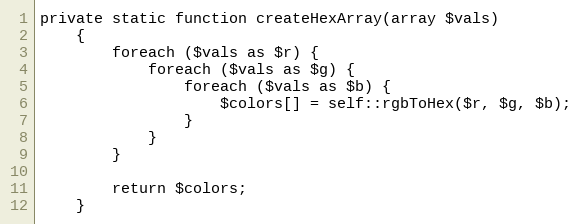
Language: PHP
private static function createHexArray(array $vals)
    {
        foreach ($vals as $r) {
            foreach ($vals as $g) {
                foreach ($vals as $b) {
                    $colors[] = self::rgbToHex($r, $g, $b);
                }
            }
        }

        return $colors;
    }